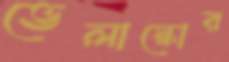
ভেলাস্কোর